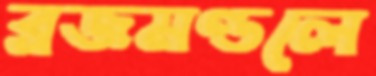
ব্রজমণ্ডলে